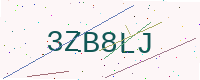
Text: 3ZB8LJ